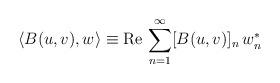
LaTeX: \begin{align*}\langle B(u,v), w\rangle\equiv {\rm Re}\, \sum_{n=1}^\infty [B(u,v)]_n\, w_n^*\end{align*}